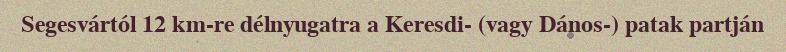
Segesvártól 12 km-re délnyugatra a Keresdi- (vagy Dános-) patak partján